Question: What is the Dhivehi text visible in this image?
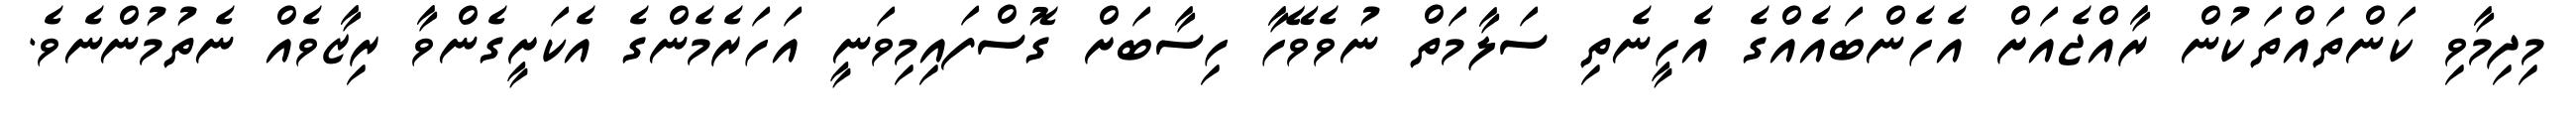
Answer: މިދިމާވި ކަންތައްތަކުން ރާއްޖެއަށް އެހެންބައެއްގެ އެހީނެތި ސަލާމަތް ނުވެވޭހާ ހިސާބަށް ގޮސްފައިމިވަނީ އަހަރެމެންގެ އެކަށީގެންވާ ރިޒާވެއް ނެތުމުންނެވެ.